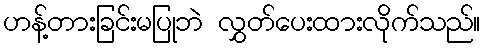
ဟန့်တားခြင်းမပြုဘဲ လွှတ်ပေးထားလိုက်သည်။